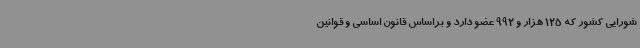
شورایی کشور که 125 هزار و 992 عضو دارد و براساس قانون اساسی و قوانین